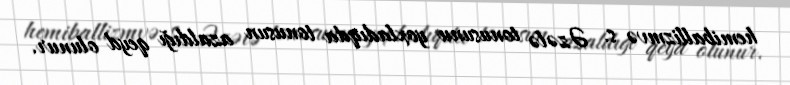
hemiballizmvə s. Əzələ tonusunu yoxladıqda tonusun azaldığı qeyd olunur.